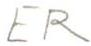
ER